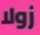
زولا